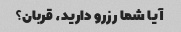
آیا شما رزرو دارید، قربان؟